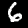
Label: 6